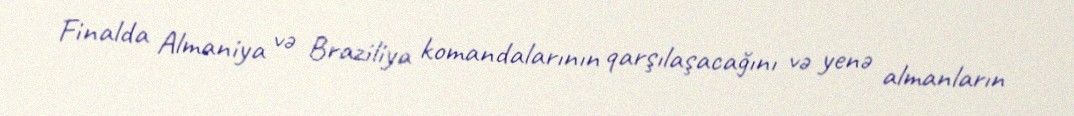
Finalda Almaniya və Braziliya komandalarının qarşılaşacağını və yenə almanların